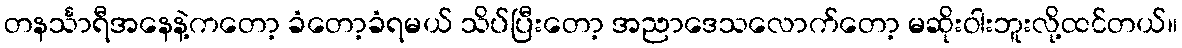
တနင်္သာရီအနေနဲ့ကတော့ ခံတော့ခံရမယ် သိပ်ပြီးတော့ အညာဒေသလောက်တော့ မဆိုးဝါးဘူးလို့ထင်တယ်။